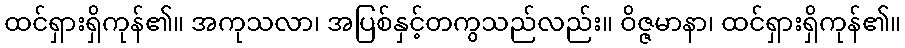
ထင်ရှားရှိကုန်၏။ အကုသလာ၊ အပြစ်နှင့်တကွသည်လည်း။ ဝိဇ္ဇမာနာ၊ ထင်ရှားရှိကုန်၏။